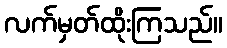
လက်မှတ်ထိုးကြသည်။